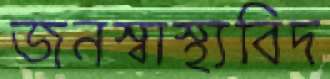
জনস্বাস্থ্যবিদ